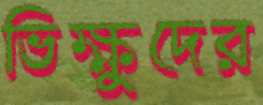
ভিক্ষুদের